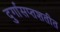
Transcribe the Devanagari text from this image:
दुर्गासप्तशतीत